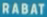
RABAT